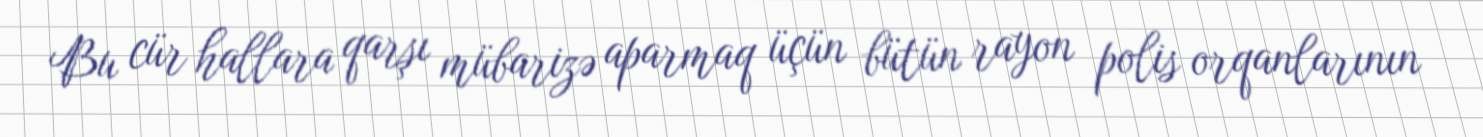
Bu cür hallara qarşı mübarizə aparmaq üçün bütün rayon polis orqanlarının